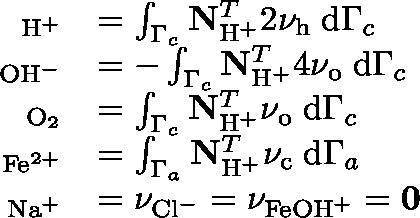
\begin{array} { r l } { \mathbf { \upnu } _ { \mathrm { H } ^ { + } } } & { = \int _ { \Gamma _ { c } } \mathbf { N } _ { \mathrm { H } ^ { + } } ^ { T } 2 \nu _ { \mathrm { h } } \; \mathrm { d } \Gamma _ { c } } \\ { \mathbf { \upnu } _ { \mathrm { O H } ^ { - } } } & { = - \int _ { \Gamma _ { c } } \mathbf { N } _ { \mathrm { H } ^ { + } } ^ { T } 4 \nu _ { \mathrm { o } } \; \mathrm { d } \Gamma _ { c } } \\ { \mathbf { \upnu } _ { \mathrm { O } _ { 2 } } } & { = \int _ { \Gamma _ { c } } \mathbf { N } _ { \mathrm { H } ^ { + } } ^ { T } \nu _ { \mathrm { o } } \; \mathrm { d } \Gamma _ { c } } \\ { \mathbf { \upnu } _ { \mathrm { F e } ^ { 2 + } } } & { = \int _ { \Gamma _ { a } } \mathbf { N } _ { \mathrm { H } ^ { + } } ^ { T } \nu _ { \mathrm { c } } \; \mathrm { d } \Gamma _ { a } } \\ { \mathbf { \upnu } _ { \mathrm { N a } ^ { + } } } & { = \mathbf { \nu } _ { \mathrm { C l } ^ { - } } = \mathbf { \nu } _ { \mathrm { F e O H } ^ { + } } = \mathbf { 0 } } \end{array}